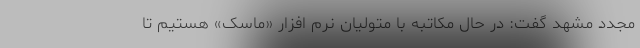
مجدد مشهد گفت: در حال مکاتبه با متولیان نرم افزار «ماسک» هستیم تا